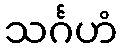
သင်္ဂဟံ